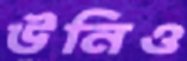
উনিও